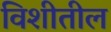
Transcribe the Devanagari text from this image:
विशीतील